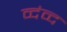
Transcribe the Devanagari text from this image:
व्दंव्द